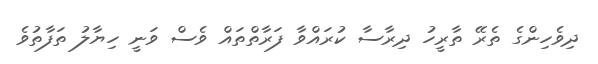
ދިވެހިންގެ ތެރޭ ތާރީހު ދިރާސާ ކުރައްވާ ފަރާތްތައް ވެސް ވަނީ ހިޔާލު ތަފާތުވެ